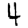
Digit: 4